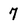
Character: 7